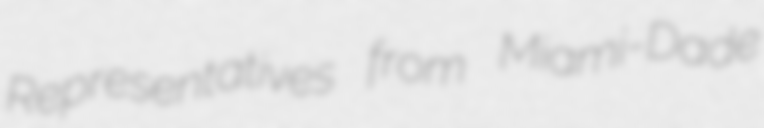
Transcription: Representatives from Miami-Dade